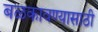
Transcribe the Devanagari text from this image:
बळकावण्यासाठी